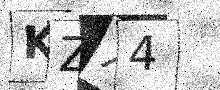
Text: KZX4